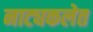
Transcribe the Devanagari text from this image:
नाट्यकलेत